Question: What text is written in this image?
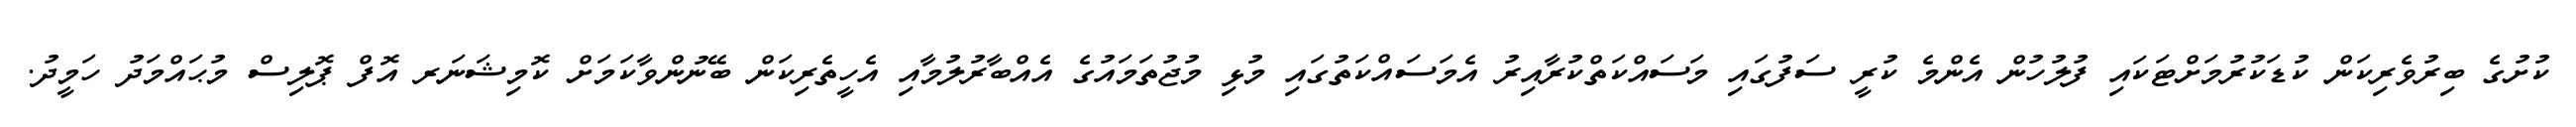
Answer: ކުށުގެ ބިރުވެރިކަން ކުޑަކުރުމަށްޓަކައި ފުލުހުން އެންމެ ކުރީ ސަފުގައި މަސައްކަތްކުރާއިރު އެމަސައްކަތުގައި މުޅި މުޖުތަމައުގެ އެއްބާރުލުމާއި އެހީތެރިކަން ބޭނުންވާކަމަށް ކޮމިޝަނަރ އޮފް ޕޮލިސް މުޙައްމަދު ހަމީދު.